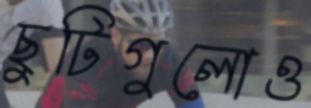
ছুটিগুলোও